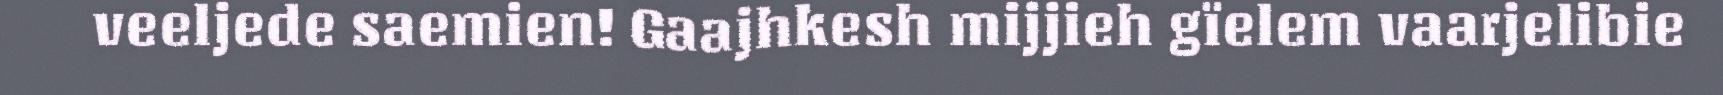
veeljede saemien! Gaajhkesh mijjieh gïelem vaarjelibie